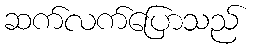
ဆက်လက်ပြောသည်